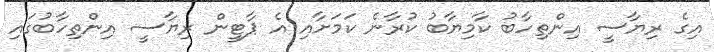
އިގެ ރިޔާސީ އިންތިހާބު ކާމިޔާބު ކުރާނެ ކަމަށާއި އެ ޕާޓީން ރިޔާސީ އިންތިހާބުގައި